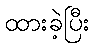
ထားခဲ့ပြီး